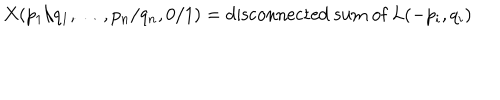
LaTeX: X ( p _ { 1 } / q _ { 1 } , \ldots , p _ { n } / q _ { n } , 0 / 1 ) = \mathrm { d i s c o n n e c t e d ~ s u m ~ o f ~ } L ( - p _ { i } , q _ { i } )